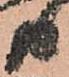
共